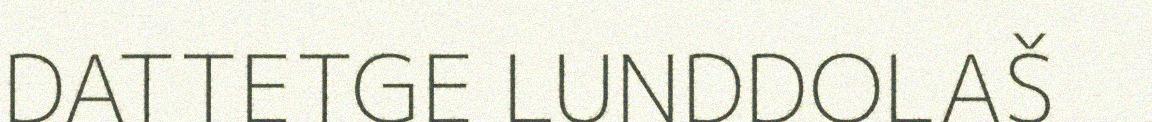
DATTETGE LUNDDOLAŠ